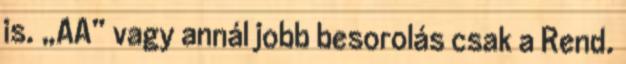
is. „AA” vagy annál jobb besorolás csak a Rend.